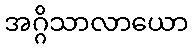
အဂ္ဂိသာလာယော